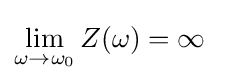
\lim _{\omega \to \omega _{0}}Z(\omega )=\infty \